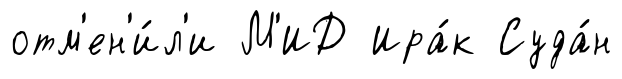
отм'ен'и́л'и М'ИД Ира́к Суда́н